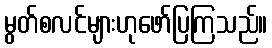
မွတ်စလင်များဟုဖော်ပြကြသည်။